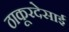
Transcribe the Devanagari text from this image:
ठाकूरदेसाई